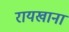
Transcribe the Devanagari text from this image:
रायखाना